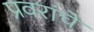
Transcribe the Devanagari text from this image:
प्रवरांचे